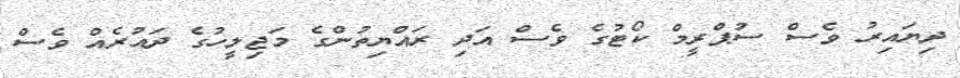
ދިޔައިރު ވެސް ސުޕްރީމް ކޯޓުގެ ވެސް އަދި ރައްޔިތުންގެ މަޖިލީހުގެ ދައުރެއް ވެސް